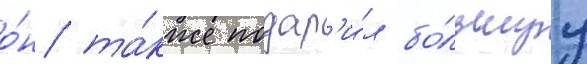
о́н та́кже подар'и́л бо́льшуу